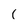
Character: 1